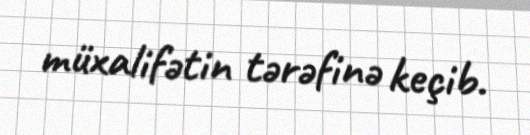
müxalifətin tərəfinə keçib.